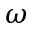
\omega